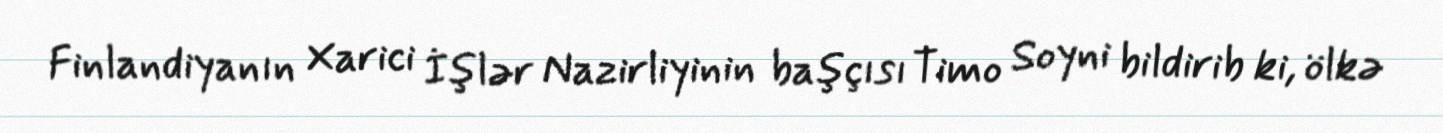
Finlandiyanın Xarici İşlər Nazirliyinin başçısı Timo Soyni bildirib ki, ölkə